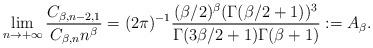
LaTeX: \begin{align*}&\lim_{n\to+\infty}\frac{C_{\beta,n-2,1}}{C_{\beta,n}n^{\beta}}=(2\pi)^{-1}\frac{(\beta /2)^{\beta}(\Gamma(\beta/2+1))^{3}}{\Gamma(3\beta/2 +1)\Gamma(\beta+1)}:=A_{\beta}.\end{align*}